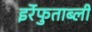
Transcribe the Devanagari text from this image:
इर्रेफुताब्ली